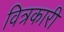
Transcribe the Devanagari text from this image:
वित्रकारी